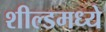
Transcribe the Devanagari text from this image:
शील्डमध्ये